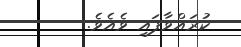
ކުރައްވާފައި ވެއެވެ.